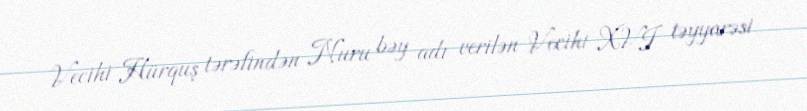
Vecihi Hürquş tərəfindən Nuru bəy adı verilən Vecihi XVI təyyarəsi